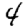
Digit: 4